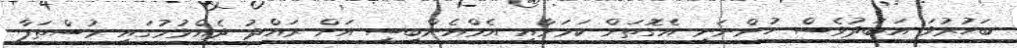
ބަހުރުވަ އަބަދުވެސް ހުންނަނީ އެގޮތަށް ކަމަށާއި އެމްއެންބީސީ އަށް ރައްދު ދެއްވުމުގައި މުސްތަފާ